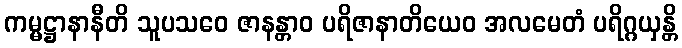
ကမ္မဋ္ဌာနာနီတိ သူပသဝေ ဇာနန္တာဝ ပရိဇာနာတိယေဝ အလမေတံ ပရိဂ္ဂယှန္တိ